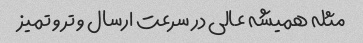
مثله همیشه عالی در سرعت ارسال و تر و تمیز